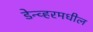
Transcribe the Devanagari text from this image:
डेन्व्हरमधील